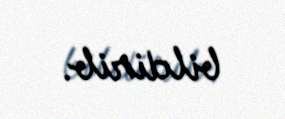
bildirib.